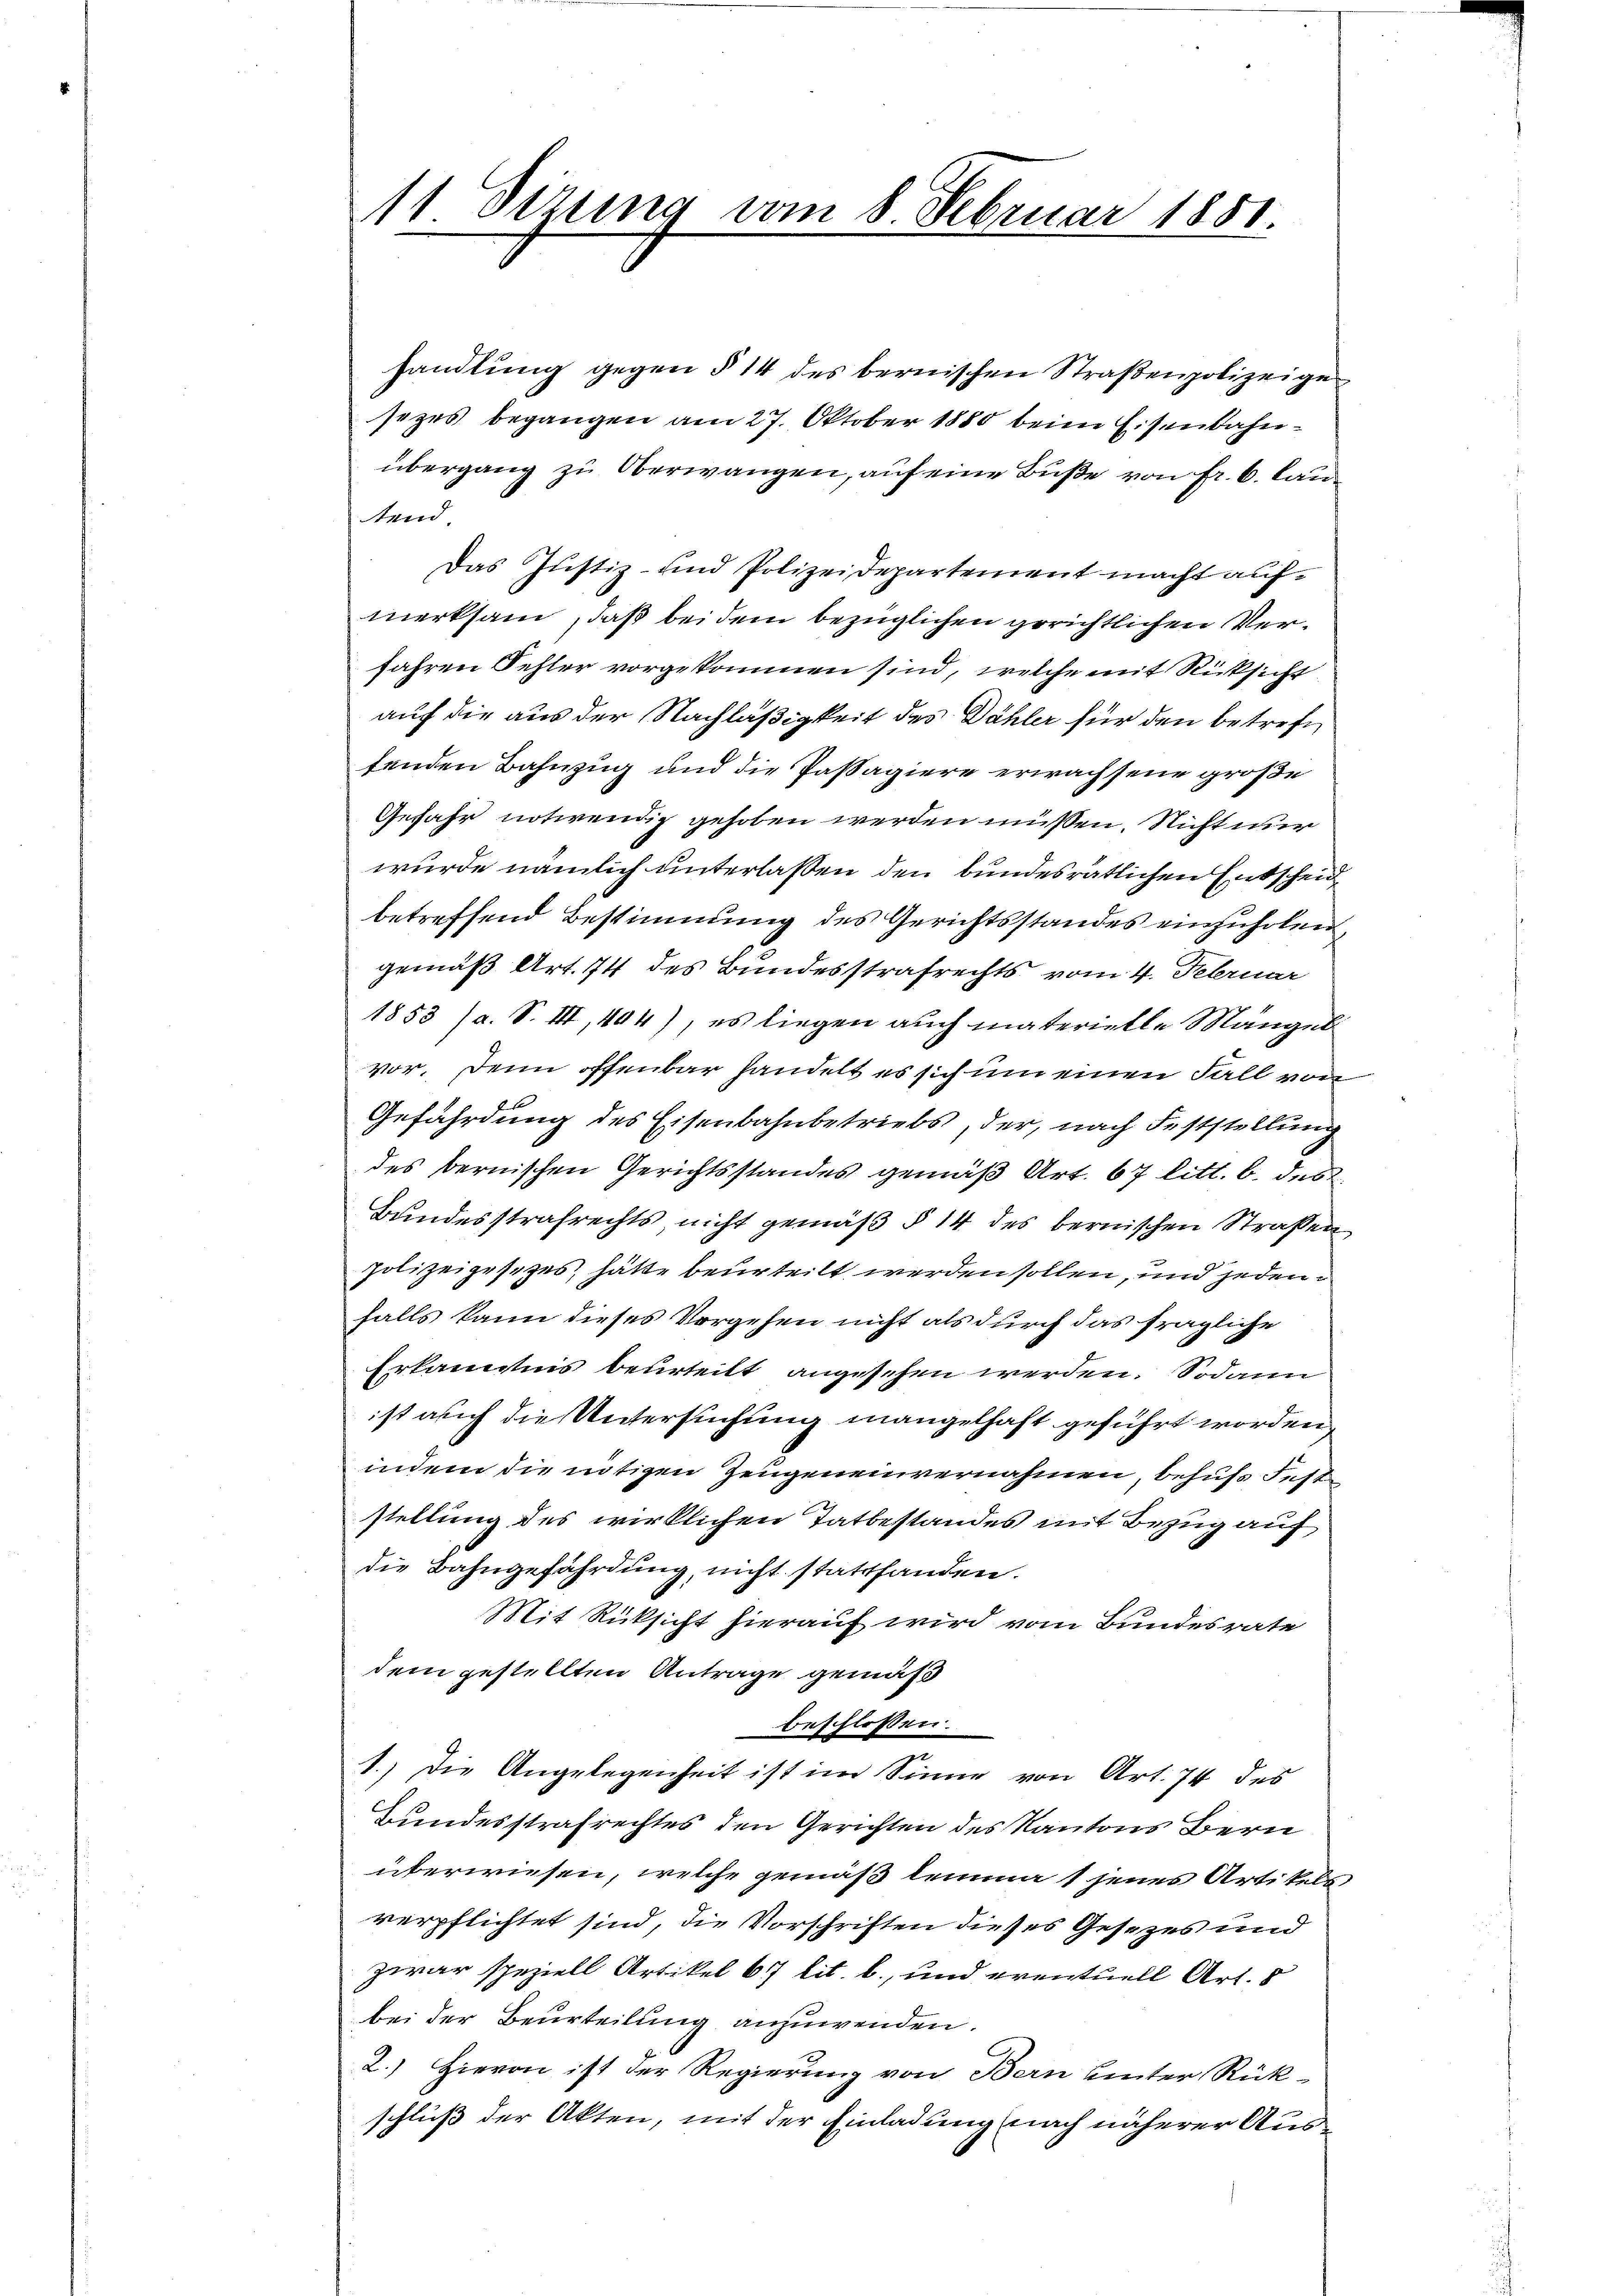
handlung gegen § 14 des bernischen Straßenpolizeige
sezes begangen am 27. Oktober 1880 beim Eisenbahnübergang zu Oberwangen, auf eine Buße von Fr. 6. lautend
Das Justiz- und Polizeidepartement macht aufmerksam, daß bei dem bezüglichen gerichtlichen Ver¬
Jahren Fehler vorgekommen sind, welche mit Rücksicht
auf die aus der Nachläßigkeit des Dähler für den betreff
fenden Bahnzug und die Passagiere erwachsene große
Gefahr notwendig gehoben werden müssen. Nicht nur
wurde nämlich unterlassen den bundesrätlichen Entscheid
betreffend Bestimmung des Gerichtsstandes einzuholen,
gemäß Art. 74 des Bundesstrafrechts vom 4. Februar
1853 (a. S. III, 494), es liegen auch materielle Mängel
vor. Denn offenbar handelt es sich um einen Fall vom
Gefährdung des Eisenbahnbetriebs, der, nach Feststellung
des bernischen Gerichtsstandes gemäß Art. 67 litt. b. des
Bundesstrafrechts, nicht gemäß § 14 des bernischen Straßen
polizeigesezes, hätte beurteilt werden sollen, und jedenfalls kann dieses Vorgehen nicht als durch das fragliche
Erkanntnis beurteilt angesehen werden. Sodann
ist auch die Untersuchung mangelhaft geführt worden,
indem die nötigen Zeugeneinvernahmen, behufs Feststellung des wirklichen Tatbestandes mit Bezug auf
die Bahngefährdung, nicht stattfanden.
Mit Rüksicht hierauf wird vom Bundesrate
dem gestellten Antrage gemäß
beschlossen:
1.) Die Angelegenheit ist im Sinne von Art. 74 des
Bundesstrafrechtes den Gerichten des Kantons Bern
überwiesen, welche gemäß lemma 1 jenes Artikels
verpflichtet sind, die Vorschriften dieses Gesetzes und
zwar speziell Artikel 67 lit. b., und eventuell Art. 8
bei der Beurteilung anzuwenden.
2.) Hievon ist der Regierung von Bern hinter Rück-
schluß der Akten, mit der Einladung nach näherer Aus¬

11 Sizung vom 8. Februar 1881.